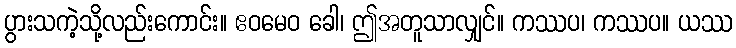
ပွားသကဲ့သို့လည်းကောင်း။ ဧဝမေဝ ခေါ၊ ဤအတူသာလျှင်။ ကဿပ၊ ကဿပ။ ယဿ